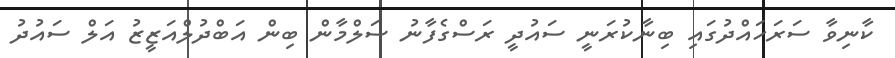
ކާނިވާ ސަރަހައްދުގައި ބިނާކުރަނީ ސައުދީ ރަސްގެފާނު ސަލްމާން ބިން އަބްދުލްއަޒީޒު އަލް ސައުދު